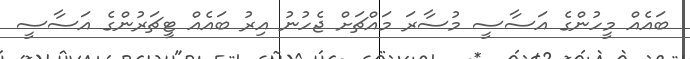
ބައެއް މީހުންގެ އަސާސީ މުސާރަ މައްޗަށް ޖެހުނު އިރު ބައެއް ޓީޗަރުންގެ އަސާސީ